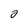
Character: 2